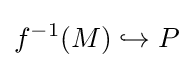
f^{-1}(M)\hookrightarrow P